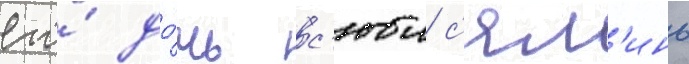
его́ до́чь с'юи с'ял'инь